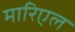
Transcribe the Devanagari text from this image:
मारिएल